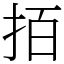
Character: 𢫦